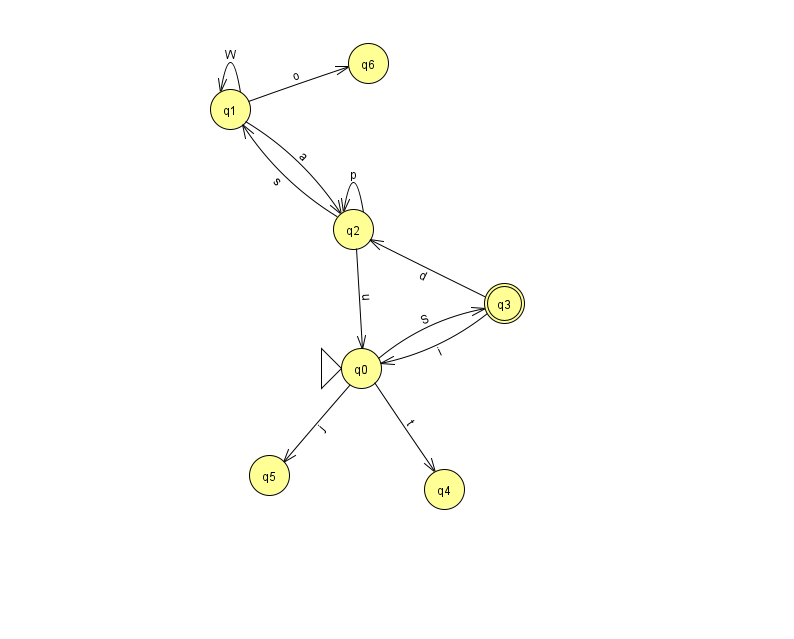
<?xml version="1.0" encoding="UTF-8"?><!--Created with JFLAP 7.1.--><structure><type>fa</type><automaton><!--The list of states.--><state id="0" name="q0"><x>361.0</x><y>355.0</y><initial/></state><state id="1" name="q1"><x>230.0</x><y>96.0</y></state><state id="2" name="q2"><x>353.0</x><y>216.0</y></state><state id="3" name="q3"><x>504.0</x><y>290.0</y><final/></state><state id="4" name="q4"><x>444.0</x><y>476.0</y></state><state id="5" name="q5"><x>269.0</x><y>462.0</y></state><state id="6" name="q6"><x>368.0</x><y>50.0</y></state><!--The list of transitions.--><transition><from>2</from><to>2</to><read>p</read></transition><transition><from>0</from><to>3</to><read>S</read></transition><transition><from>1</from><to>6</to><read>o</read></transition><transition><from>0</from><to>4</to><read>t</read></transition><transition><from>0</from><to>5</to><read>j</read></transition><transition><from>1</from><to>1</to><read>W</read></transition><transition><from>3</from><to>0</to><read>i</read></transition><transition><from>3</from><to>2</to><read>d</read></transition><transition><from>2</from><to>1</to><read>s</read></transition><transition><from>1</from><to>2</to><read>a</read></transition><transition><from>2</from><to>0</to><read>u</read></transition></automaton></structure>